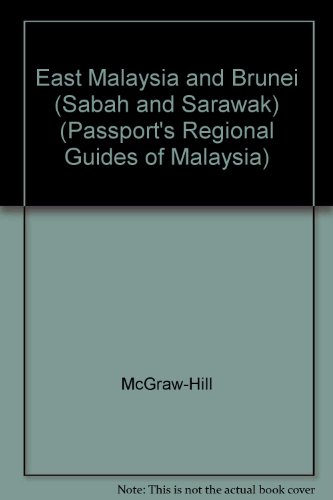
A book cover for East Malaysia and Brunei (Passport's Regional Guides of Malaysia); Travel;